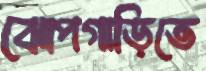
ঝোপগাড়িতে